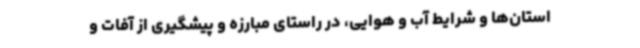
استان‌ها و شرایط آب و هوایی، در راستای مبارزه و پیشگیری از آفات و